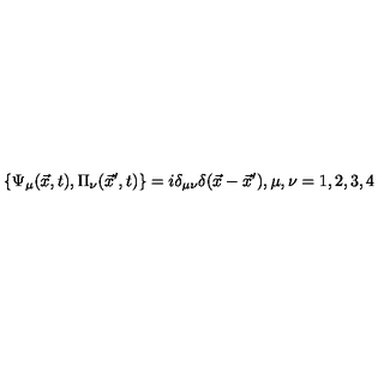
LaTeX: \{ \Psi _ { \mu } ( \vec { x } , t ) , \Pi _ { \nu } ( \vec { x } ^ { \prime } , t ) \} = i \delta _ { \mu \nu } \delta ( \vec { x } - \vec { x } ^ { \prime } ) , \mu , \nu = 1 , 2 , 3 , 4